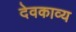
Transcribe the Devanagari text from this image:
देवकाव्य